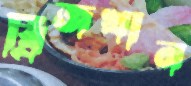
ব্রিজখান